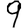
Digit: 9